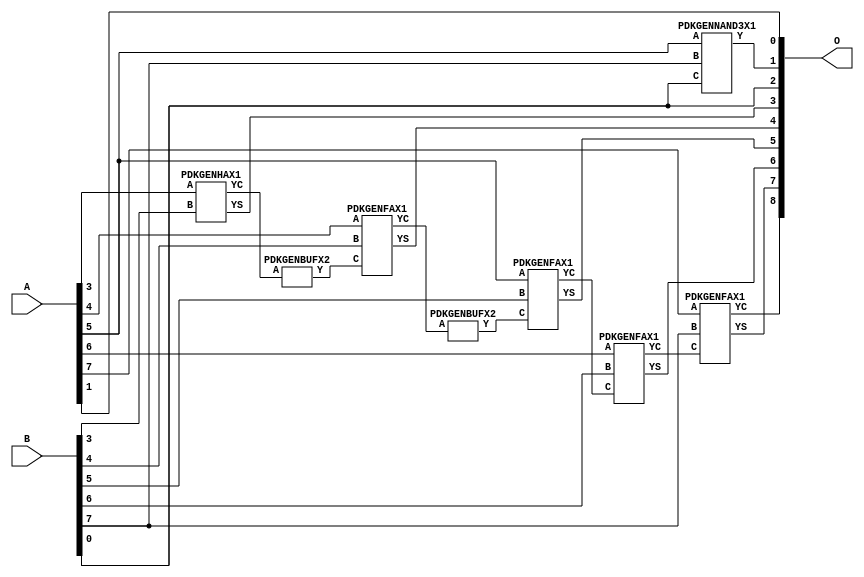
// Library = EvoApprox8b
// Circuit = add8_202
// Area   (180) = 644
// Delay  (180) = 1.120
// Power  (180) = 208.00
// Area   (45) = 47
// Delay  (45) = 0.440
// Power  (45) = 19.79
// Nodes = 8
// HD = 154752
// MAE = 3.55469
// MSE = 19.00000
// MRE = 1.89 %
// WCE = 10
// WCRE = 500 %
// EP = 91.4 %

module add8_202(A, B, O);
  input [7:0] A;
  input [7:0] B;
  output [8:0] O;
  wire [2031:0] N;

  assign N[0] = A[0];
  assign N[1] = A[0];
  assign N[2] = A[1];
  assign N[3] = A[1];
  assign N[4] = A[2];
  assign N[5] = A[2];
  assign N[6] = A[3];
  assign N[7] = A[3];
  assign N[8] = A[4];
  assign N[9] = A[4];
  assign N[10] = A[5];
  assign N[11] = A[5];
  assign N[12] = A[6];
  assign N[13] = A[6];
  assign N[14] = A[7];
  assign N[15] = A[7];
  assign N[16] = B[0];
  assign N[17] = B[0];
  assign N[18] = B[1];
  assign N[19] = B[1];
  assign N[20] = B[2];
  assign N[21] = B[2];
  assign N[22] = B[3];
  assign N[23] = B[3];
  assign N[24] = B[4];
  assign N[25] = B[4];
  assign N[26] = B[5];
  assign N[27] = B[5];
  assign N[28] = B[6];
  assign N[29] = B[6];
  assign N[30] = B[7];
  assign N[31] = B[7];

  PDKGENNAND3X1 n34(.A(N[10]), .B(N[30]), .C(N[16]), .Y(N[34]));
  PDKGENHAX1 n182(.A(N[6]), .B(N[22]), .YS(N[182]), .YC(N[183]));
  PDKGENBUFX2 n220(.A(N[183]), .Y(N[220]));
  assign N[221] = N[220];
  PDKGENFAX1 n232(.A(N[8]), .B(N[24]), .C(N[221]), .YS(N[232]), .YC(N[233]));
  PDKGENBUFX2 n252(.A(N[233]), .Y(N[252]));
  PDKGENFAX1 n282(.A(N[10]), .B(N[26]), .C(N[252]), .YS(N[282]), .YC(N[283]));
  PDKGENFAX1 n332(.A(N[12]), .B(N[28]), .C(N[283]), .YS(N[332]), .YC(N[333]));
  PDKGENFAX1 n382(.A(N[14]), .B(N[30]), .C(N[333]), .YS(N[382]), .YC(N[383]));

  assign O[0] = N[2];
  assign O[1] = N[34];
  assign O[2] = N[16];
  assign O[3] = N[182];
  assign O[4] = N[232];
  assign O[5] = N[282];
  assign O[6] = N[332];
  assign O[7] = N[382];
  assign O[8] = N[383];

endmodule
/* mod */
module PDKGENFAX1( input A, input B, input C, output YS, output YC );
    assign YS = (A ^ B) ^ C;
    assign YC = (A & B) | (B & C) | (A & C);
endmodule
/* mod */
module PDKGENHAX1( input A, input B, output YS, output YC );
    assign YS = A ^ B;
    assign YC = A & B;
endmodule
/* mod */
module PDKGENNAND3X1(input A, input B, input C, output Y );
     assign Y = ~((A & B) & C);
endmodule
/* mod */
module PDKGENBUFX2(input A, output Y );
     assign Y = A;
endmodule